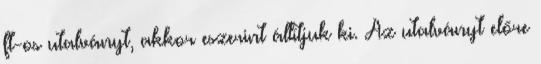
ft-os utalványt, akkor eszerint állítjuk ki. Az utalványt előre